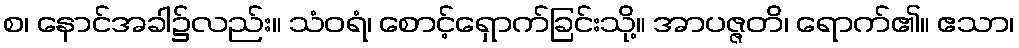
စ၊ နောင်အခါ၌လည်း။ သံဝရံ၊ စောင့်ရှောက်ခြင်းသို့။ အာပဇ္ဇတိ၊ ရောက်၏။ ဧသာ၊